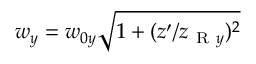
w _ { y } = w _ { 0 y } \sqrt { 1 + ( z ^ { \prime } / z _ { \mathrm { ~ R ~ } y } ) ^ { 2 } }